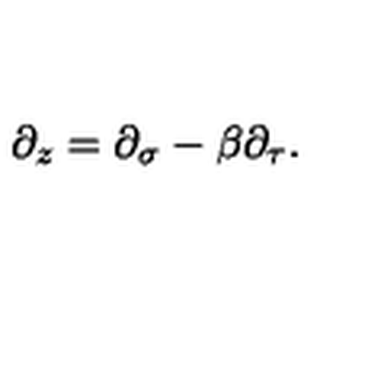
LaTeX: \partial _ { z } = \partial _ { \sigma } - \beta \partial _ { \tau } .